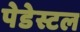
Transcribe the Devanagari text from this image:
पेडेस्टल